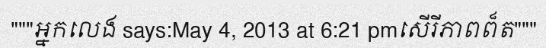
"""អ្នកលេង says:May 4, 2013 at 6:21 pmសើរីភាពព៏ត"""